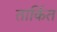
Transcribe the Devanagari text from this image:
तार्कित